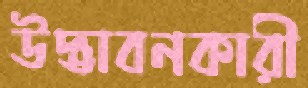
উদ্ভাবনকারী